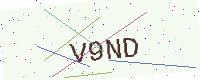
Text: V9ND